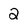
Character: 2